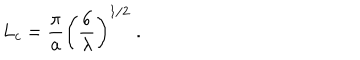
L _ { c } = \frac { \pi } { a } \left( \frac { 6 } { \lambda } \right) ^ { 1 / 2 } \; .